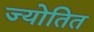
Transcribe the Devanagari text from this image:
ज्योतित